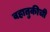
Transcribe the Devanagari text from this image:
वहातुकीची